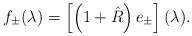
LaTeX: \begin{align*}f_\pm(\lambda)=\left[\left(1+\hat R\right)e_\pm\right](\lambda).\end{align*}